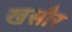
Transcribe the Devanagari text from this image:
खसौर